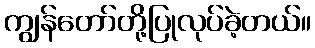
ကျွန်တော်တို့ပြုလုပ်ခဲ့တယ်။